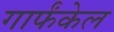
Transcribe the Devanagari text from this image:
गार्फंकेल